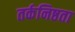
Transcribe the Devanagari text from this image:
तर्कनिष्ठता